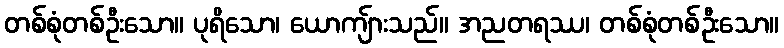
တစ်စုံတစ်ဦးသော။ ပုရိသော၊ ယောကျ်ားသည်။ အညတရဿ၊ တစ်စုံတစ်ဦးသော။